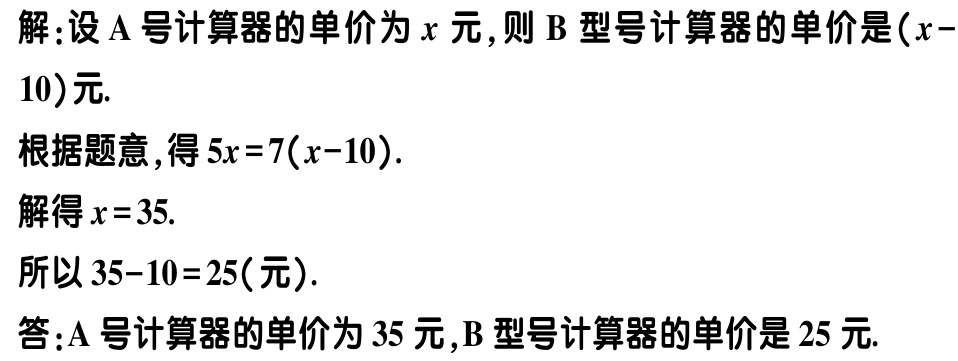
解：设$\mathrm{A}$号计算器的单价为$x$元，则$\mathrm{B}$型号计算器的单价是$(x - 10)$元.
根据题意，得$5x = 7(x - 10)$.
解得$x = 35$.
所以$35 - 10 = 25$(元).
答：$\mathrm{A}$号计算器的单价为$35$元，$\mathrm{B}$型号计算器的单价是$25$元.